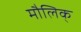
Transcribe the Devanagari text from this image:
मौलिक्